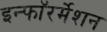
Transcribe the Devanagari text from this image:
इन्फाॅरर्मेशन